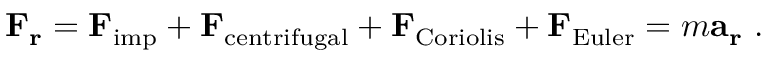
\mathbf { F _ { r } } = \mathbf { F } _ { \mathrm { i m p } } + \mathbf { F } _ { \mathrm { c e n t r i f u g a l } } + \mathbf { F } _ { \mathrm { C o r i o l i s } } + \mathbf { F } _ { \mathrm { E u l e r } } = m \mathbf { a _ { r } } \ .